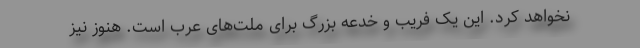
نخواهد کرد. این یک فریب و خدعه بزرگ برای ملت‌های عرب است. هنوز نیز